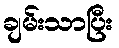
ချမ်းသာပြီး